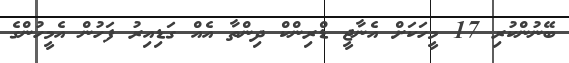
ބޭނުންކުރި 17 މީހަކަށް އެނާޖީ ޑްރިންކް ދިންތާ އެއް ގަޑިއިރު ފަހުން އެމީހުންގެ